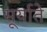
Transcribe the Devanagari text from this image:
सूर्याते